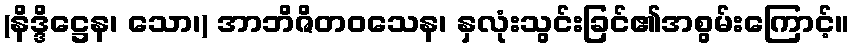
(နိဒ္ဒိဋ္ဌေန၊ သော၊) အာဘိဇိတဝသေန၊ နှလုံးသွင်းခြင်၏အစွမ်းကြောင့်။